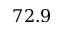
7 2 . 9